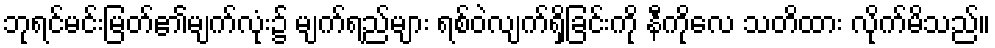
ဘုရင်မင်းမြတ်၏မျက်လုံး၌ မျက်ရည်များ ရစ်ဝဲလျက်ရှိခြင်းကို နီကိုလေ သတိထား လိုက်မိသည်။